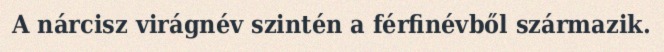
A nárcisz virágnév szintén a férfinévből származik.